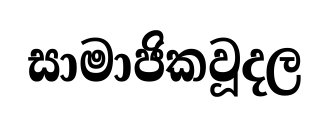
සාමාජිකවූදල